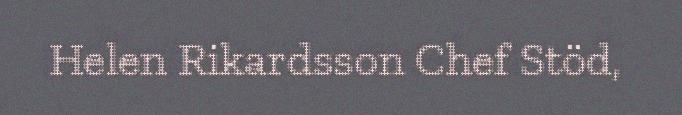
Helen Rikardsson Chef Stöd,